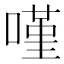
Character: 𠻨